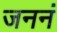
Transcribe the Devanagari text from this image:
जननं